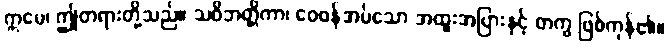
ဣမေ၊ ဤတရားတို့သည်။ သဝိဘတ္တိကာ၊ ဝေဖန်အပ်သော အထူးအပြားနှင့် တကွ ဖြစ်ကုန်၏။